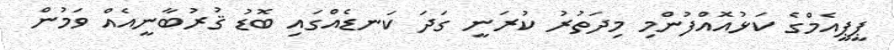
ޕީޕީއެމްގެ ކަޅުއޮއްފުންމި މިދަތުރު ކުރަނީ ގަދަ ކަނޑެއްގައި ބޮޑު ޤުރުބާނީއެއް ވަމުން